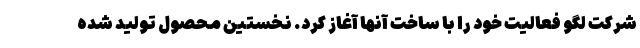
شرکت لگو فعالیت خود را با ساخت آنها آغاز کرد. نخستین محصول تولید شده